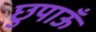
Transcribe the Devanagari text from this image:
छुपाऊँ